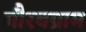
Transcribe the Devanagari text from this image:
गौरवग्राम